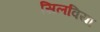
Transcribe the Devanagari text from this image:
सिलविया